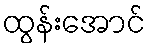
ထွန်းအောင်